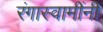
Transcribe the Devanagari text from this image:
रंगास्वामींनी